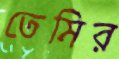
তেমির